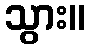
သွား။